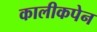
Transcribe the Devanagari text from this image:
कालीकपेन